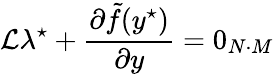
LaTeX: \mathcal{L}\lambda^{\star}+\frac{\partial\tilde{f}(y^{\star})}{\partial y}=0_{N\cdot M}